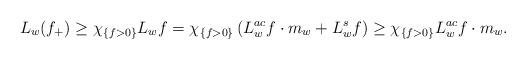
LaTeX: \begin{align*} L_{w}(f_{+}) \geq \chi_{\{f>0\}}L_{w}f = \chi_{\{f>0\}}\left( L^{ac}_wf\cdot m_w + L^{s}_wf\right) \geq \chi_{\{f>0\}}L^{ac}_w f\cdot m_w. \end{align*}